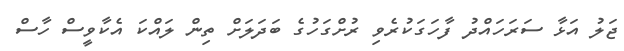
ޖަލު އަޅާ ސަރަހައްދު ފާހަގަކުރެވި ރުށްގަހުގެ ބަދަލަށް ތިން ލައްކަ އެކާވީސް ހާސް